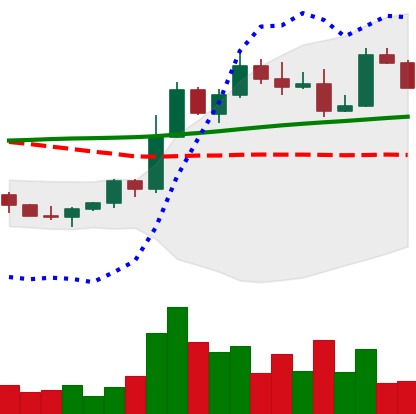
Ticker: ETH-USD
Chart end date: 2022-11-06
Forward return: -18.128%
Label: down_7plus